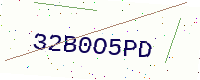
Text: 32B0O5PD